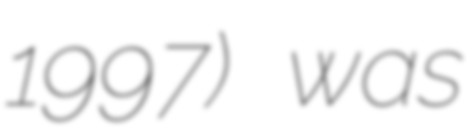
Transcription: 1997) was